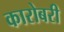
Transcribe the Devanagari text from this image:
कारोबरी